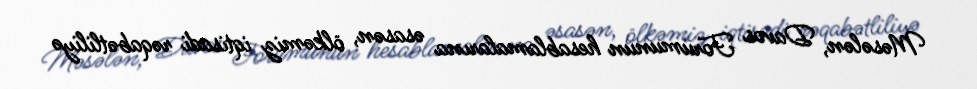
Məsələn, Davos Forumunun hesablamalarına əsasən, ölkəmiz iqtisadi rəqabətliliyə